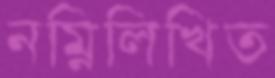
নম্নিলিখিত